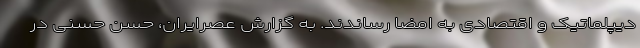
دیپلماتیک و اقتصادی به امضا رساندند. به گزارش عصرایران، حسن حسنی در